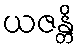
ယဇန္တိ